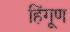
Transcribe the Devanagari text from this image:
हिंगूण